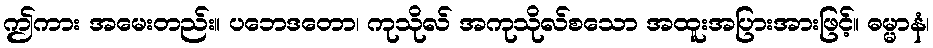
ဤကား အမေးတည်း။ ပဘေဒတော၊ ကုသိုလ် အကုသိုလ်စသော အထူးအပြားအားဖြင့်။ ဓမ္မာနံ၊